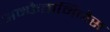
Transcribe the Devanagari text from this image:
अम्फेतामिनेस